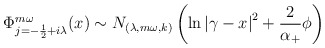
\begin{align*}\Phi _{j=-\frac 12+i\lambda }^{m\omega }(x)\sim N_{(\lambda,m\omega ,k)}\left( \ln \left| \gamma -x\right| ^2+\frac 2{\alpha _{+}}\phi\right) \end{align*}